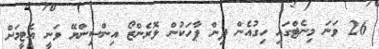
26 ވަނަ މިނެޓްގައި ހިގުއެން ދިން ޕާހަކުން ލޮރެންޒޯ އިންސިންޔޭ ވަނީ އެޓީމަށް